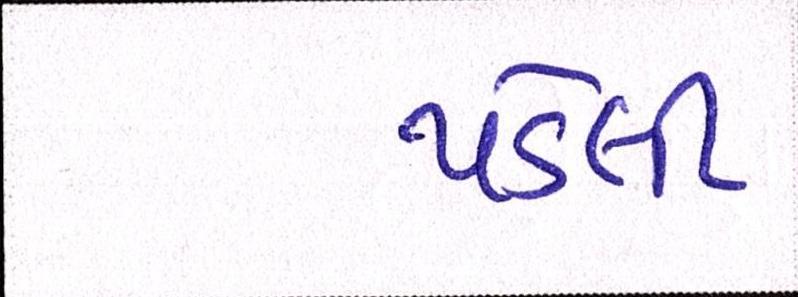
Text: પડેલી